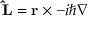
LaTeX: \mathbf { \hat { L } } = \mathbf { r } \times - i \hbar \nabla